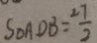
S _ { \Delta A D B } = \frac { 2 7 } { 2 }